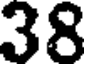
38